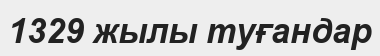
1329 жылы туғандар